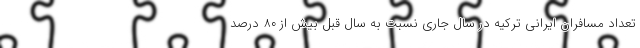
تعداد مسافران ایرانی ترکیه در سال جاری نسبت به سال قبل بیش از ۸۰ درصد